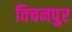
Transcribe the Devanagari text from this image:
विचनपुर